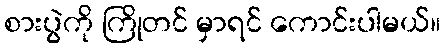
စားပွဲကို ကြိုတင် မှာရင် ကောင်းပါမယ်။